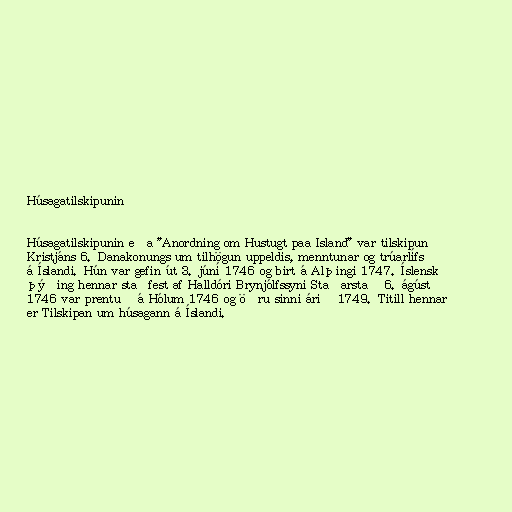
Húsagatilskipunin

Húsagatilskipunin eða "Anordning om Hustugt paa Island" var tilskipun
Kristjáns 6. Danakonungs um tilhögun uppeldis, menntunar og trúarlífs
á Íslandi. Hún var gefin út 3. júní 1746 og birt á Alþingi 1747. Íslensk
þýðing hennar staðfest af Halldóri Brynjólfssyni Staðarstað 6. ágúst
1746 var prentuð á Hólum 1746 og öðru sinni árið 1749. Titill hennar
er Tilskipan um húsagann á Íslandi.